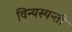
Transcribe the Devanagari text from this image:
विन्यस्यन्ती